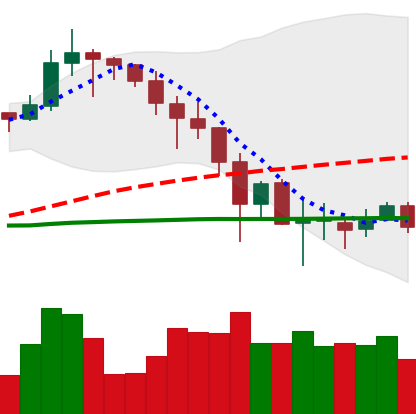
Ticker: LINK-USD
Chart end date: 2019-11-30
Forward return: -9.646%
Label: down_7plus